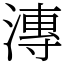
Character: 漙